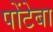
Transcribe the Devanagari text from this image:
पोंटेबा